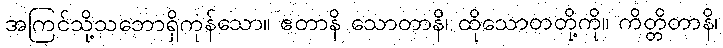
အကြင်သို့သဘောရှိကုန်သော။ ဧတာနိ သောတာနိ၊ ထိုသောတတို့ကို။ ကိတ္တိတာနိ၊